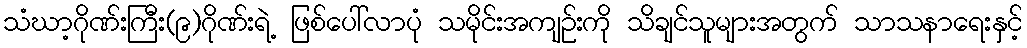
သံဃာ့ဂိုဏ်းကြီး(၉)ဂိုဏ်းရဲ့ ဖြစ်ပေါ်လာပုံ သမိုင်းအကျဉ်းကို သိချင်သူများအတွက် သာသနာရေးနှင့်